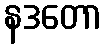
နဒတော